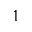
1